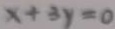
x + 3 y = 0